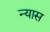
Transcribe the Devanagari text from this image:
न्‍यास